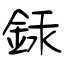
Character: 銾